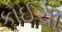
કોઈચી